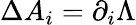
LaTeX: \Delta{A}_{i}=\partial_{i}\Lambda